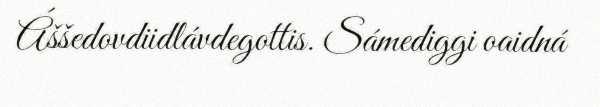
Áššedovdiidlávdegottis. Sámediggi oaidná